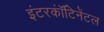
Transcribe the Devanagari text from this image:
इंटरकॉंटिनेंटल